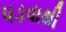
પડવાથી